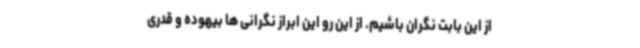
از این بابت نگران باشیم. از این رو این ابراز نگرانی ها بیهوده و قدری